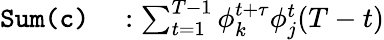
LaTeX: \begin{array}{rl}{\texttt{Sum}\texttt{(c)}}&{{}:\sum_{t=1}^{T-1}\phi_{k}^{t+\tau}\phi_{j}^{t}(T-t)}\end{array}